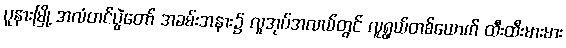
ပူနားမြို့ အလံတင်ပွဲတော် အခမ်းအနား၌ လူအုပ်အလယ်တွင် လူရွယ်တစ်ယောက် ထီးထီးမားမား